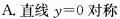
A.直线$$y=0$$对称